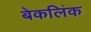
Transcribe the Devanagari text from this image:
बेकलिंक